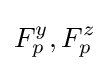
F_{p}^{y},F_{p}^{z}